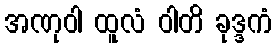
အဏုဝါ ထူလံ ဝါတိ ခုဒ္ဒကံ